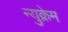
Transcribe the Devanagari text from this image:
न्युक्रेम